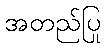
အတည်ပြု